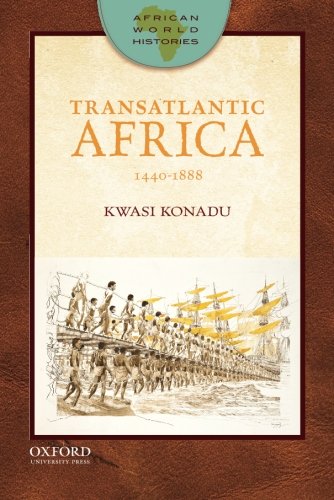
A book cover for Transatlantic Africa: 1440-1888 (African World Histories); Kwasi Konadu; History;